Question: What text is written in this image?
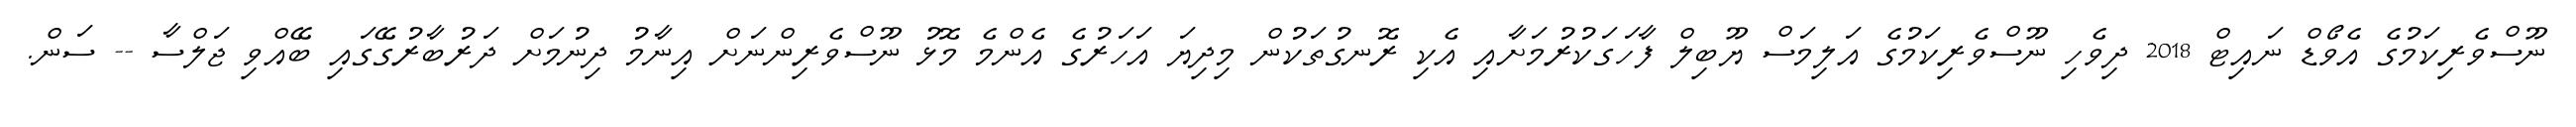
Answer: ނޫސްވެރިކަމުގެ އެވޯޑް ނައިޓް 2018 ދިވެހި ނޫސްވެރިކަމުގެ އަލިމަސް ޔޫބިލް ފާހަގަކުރުމަށާއި އެކި ރޮނގުތަކުން މިދިޔަ އަހަރުގެ އެންމެ މޮޅު ނޫސްވެރިންނަށް އިނާމު ދިނުމަށް ދަރުބާރުގޭގައި ބޭއްވި ޖަލްސާ -- ސަން.